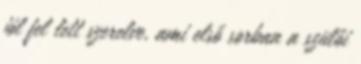
jól fel lett szerelve, ami első sorban a szülői